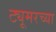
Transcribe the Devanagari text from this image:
ट्यूमरच्या